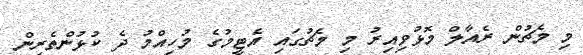
މި މެޗުން ރެއާލް މޮޅުވިއިރު މި މެޗުގައި އެޓީމުގެ މުހިއްމު ދެ ކުޅުންތެރިން